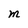
Character: M